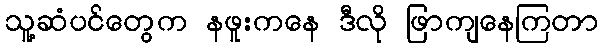
သူ့ဆံပင်တွေက နဖူးကနေ ဒီလို ဖြာကျနေကြတာ